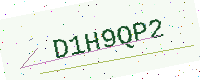
Text: D1H9QP2